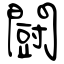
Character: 闘